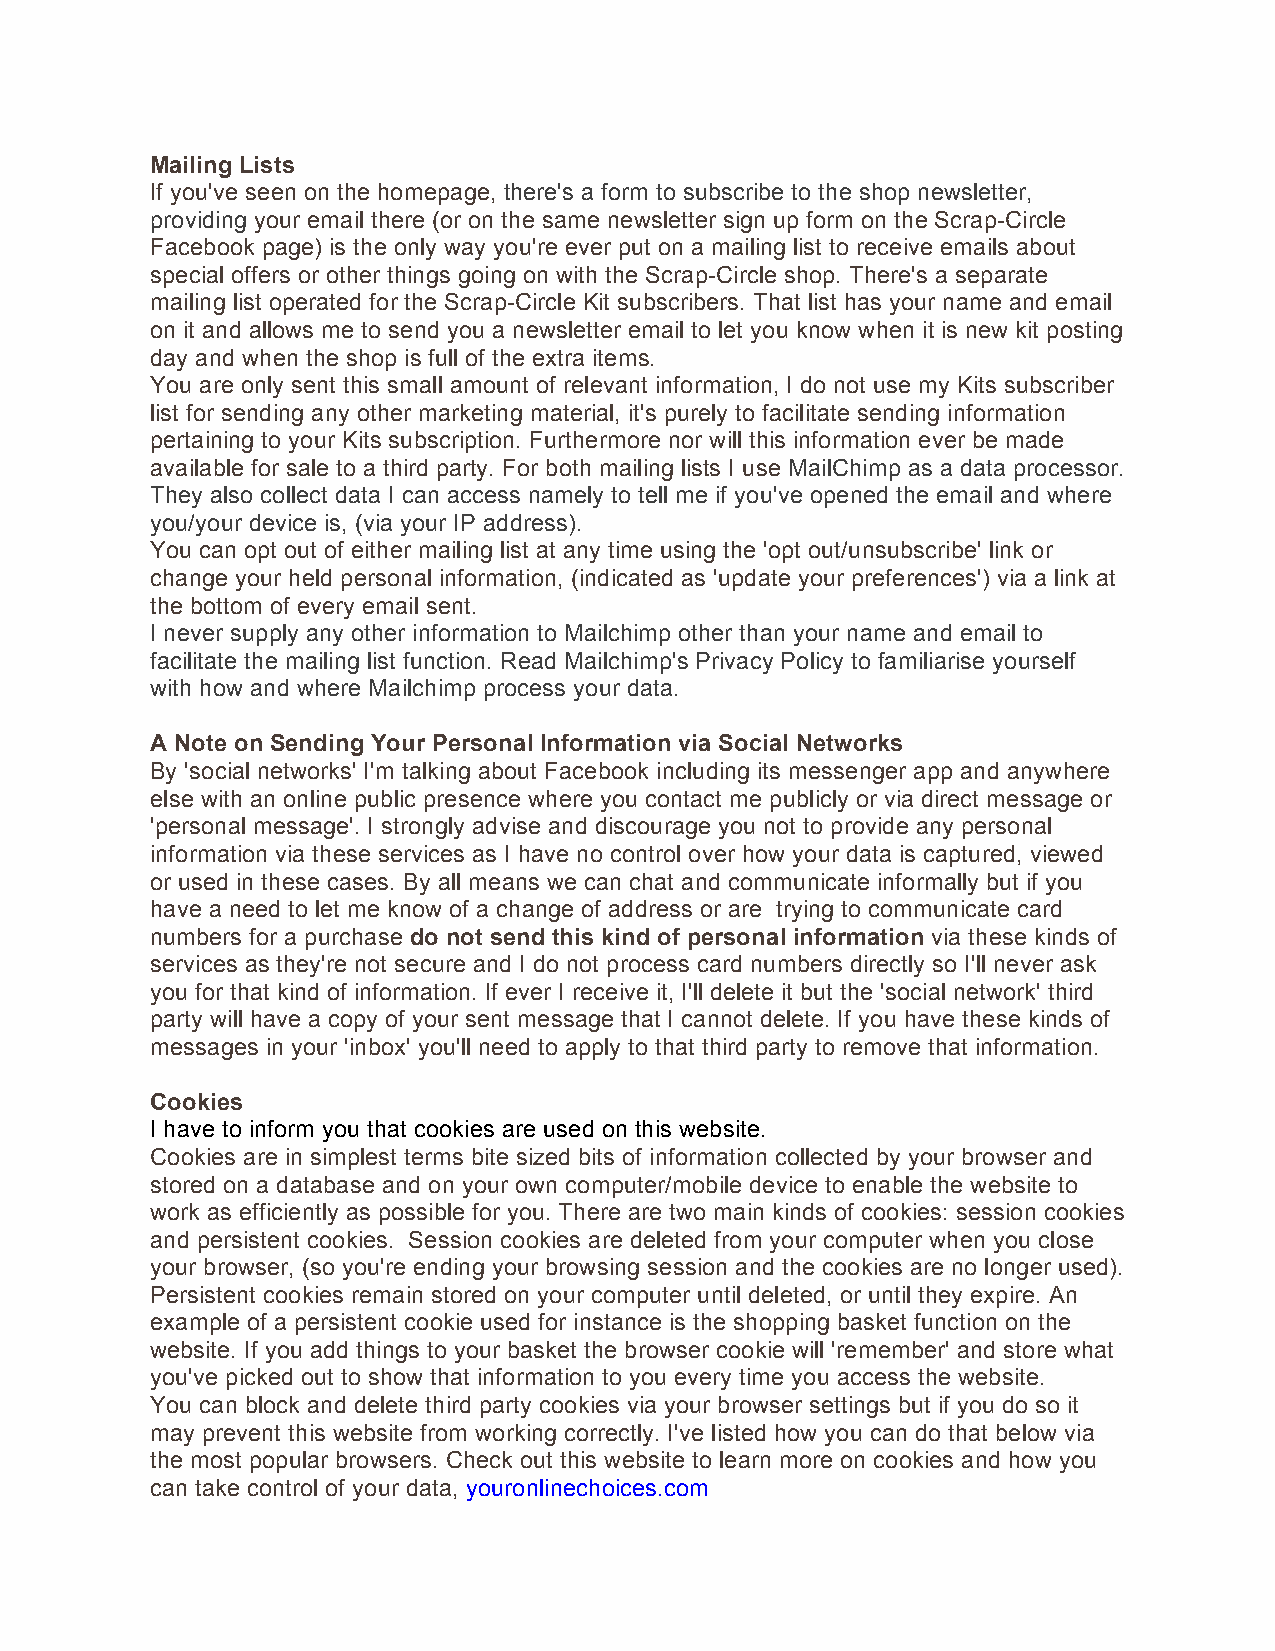
Mailing Lists
 If you've seen on the homepage, there's a form to subscribe to the shop newsletter,
 providing your email there (or on the same newsletter sign up form on the Scrap-Circle
 Facebook page) is the only way you're ever put on a mailing list to receive emails about
 special offers or other things going on with the Scrap-Circle shop. There's a separate
 mailing list operated for the Scrap-Circle Kit subscribers. That list has your name and email
 on it and allows me to send you a newsletter email to let you know when it is new kit posting
 day and when the shop is full of the extra items.
 You are only sent this small amount of relevant information, I do not use my Kits subscriber
 list for sending any other marketing material, it's purely to facilitate sending information
 pertaining to your Kits subscription. Furthermore nor will this information ever be made
 available for sale to a third party. For both mailing lists I use MailChimp as a data processor.
 They also collect data I can access namely to tell me if you've opened the email and where
 you/your device is, (via your IP address).
 You can opt out of either mailing list at any time using the 'opt out/unsubscribe' link or
 change your held personal information, (indicated as 'update your preferences') via a link at
 the bottom of every email sent.
 I never supply any other information to Mailchimp other than your name and email to
 facilitate the mailing list function. Read Mailchimp's Privacy Policy to familiarise yourself
 with how and where Mailchimp process your data.
 A Note on Sending Your Personal Information via Social Networks
 By 'social networks' I'm talking about Facebook including its messenger app and anywhere
 else with an online public presence where you contact me publicly or via direct message or
 'personal message'. I strongly advise and discourage you not to provide any personal
 information via these services as I have no control over how your data is captured, viewed
 or used in these cases. By all means we can chat and communicate informally but if you
 have a need to let me know of a change of address or are trying to communicate card
 numbers for a purchase do not send this kind of personal information via these kinds of
 services as they're not secure and I do not process card numbers directly so I'll never ask
 you for that kind of information. If ever I receive it, I'll delete it but the 'social network' third
 party will have a copy of your sent message that I cannot delete. If you have these kinds of
 messages in your 'inbox' you'll need to apply to that third party to remove that information.
 Cookies
 I have to inform you that cookies are used on this website.
 Cookies are in simplest terms bite sized bits of information collected by your browser and
 stored on a database and on your own computer/mobile device to enable the website to
 work as efficiently as possible for you. There are two main kinds of cookies: session cookies
 and persistent cookies. Session cookies are deleted from your computer when you close
 your browser, (so you're ending your browsing session and the cookies are no longer used).
 Persistent cookies remain stored on your computer until deleted, or until they expire. An
 example of a persistent cookie used for instance is the shopping basket function on the
 website. If you add things to your basket the browser cookie will 'remember' and store what
 you've picked out to show that information to you every time you access the website.
 You can block and delete third party cookies via your browser settings but if you do so it
 may prevent this website from working correctly. I've listed how you can do that below via
 the most popular browsers. Check out this website to learn more on cookies and how you
 can take control of your data, youronlinechoices.com